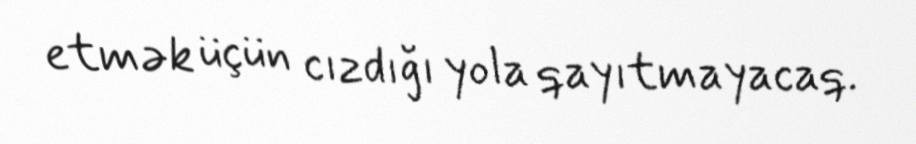
etmək üçün cızdığı yola qayıtmayacaq.